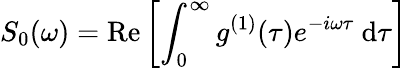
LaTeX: S_{0}(\omega)=\mathrm{Re}\left[\int_{0}^{\infty}g^{(1)}(\tau)e^{-i\omega\tau}~\mathrm{d}\tau\right]